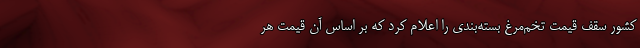
کشور سقف قیمت تخم‌مرغ بسته‌بندی را اعلام کرد که بر اساس آن قیمت هر